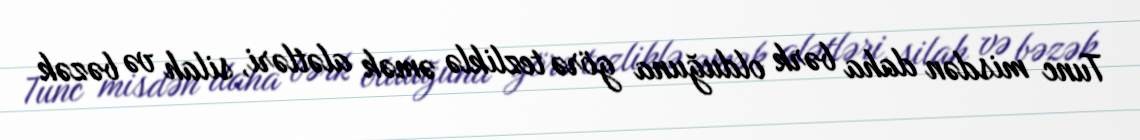
Tunc misdən daha bərk olduğuna görə tezliklə əmək alətləri, silah və bəzək